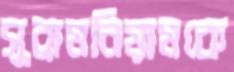
সুব্রামনিয়ামকে